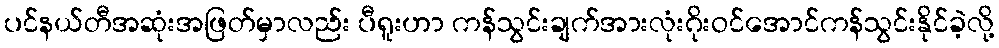
ပင်နယ်တီအဆုံးအဖြတ်မှာလည်း ပီရူးဟာ ကန်သွင်းချက်အားလုံးဂိုးဝင်အောင်ကန်သွင်းနိုင်ခဲ့လို့